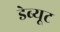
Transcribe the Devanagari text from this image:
डेब्यूट